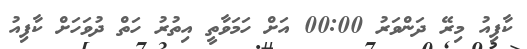
ކާފިއު މިރޭ ދަންވަރު 00:00 އަށް ހަމަވާތީ އިތުރު ހަތް ދުވަހަށް ކާފިއު